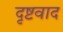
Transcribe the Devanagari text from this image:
दृष्टवाद